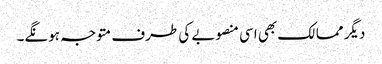
دیگر ممالک بھی اسی منصوبے کی طرف متوجہ ہونگے۔